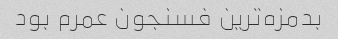
بدمزه‌ترین فسنجون عمرم بود